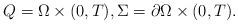
LaTeX: \begin{align*} Q = \Omega \times (0, T), \Sigma = \partial\Omega \times (0, T). \end{align*}